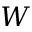
W